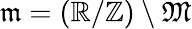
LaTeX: {\mathfrak{m}}=(\mathbb{R}/\mathbb{Z})\setminus{\mathfrak{M}}